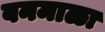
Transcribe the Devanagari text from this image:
वनमाळा